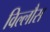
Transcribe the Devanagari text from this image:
विल्लौस